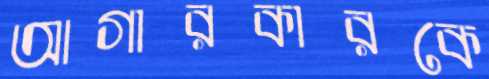
আগারকারকে